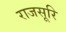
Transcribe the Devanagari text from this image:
राजसूरि